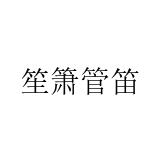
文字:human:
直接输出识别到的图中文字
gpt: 笙箫管笛